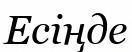
Есіңде